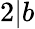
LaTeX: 2|b